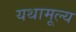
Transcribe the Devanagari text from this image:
यथामूल्य